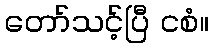
တော်သင့်ပြီ ငစံ။